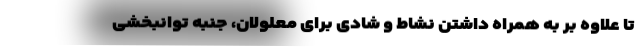
تا علاوه بر به همراه داشتن نشاط و شادی برای معلولان، جنبه توانبخشی